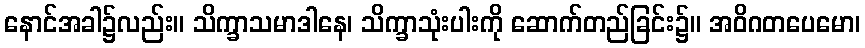
နောင်အခါ၌လည်း။ သိက္ခာသမာဒါနေ၊ သိက္ခာသုံးပါးကို ဆောက်တည်ခြင်း၌။ အဝိဂတပေမော၊